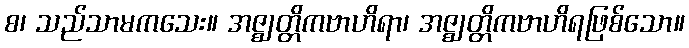
စ၊ သည်သာမကသေး။ အဇ္ဈတ္တိကဗာဟိရာ၊ အဇ္ဈတ္တိကဗာဟိရဖြစ်သော။